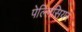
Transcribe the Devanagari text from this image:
पेल्लिसियर